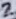
Text: 2